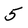
Character: 5